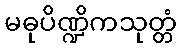
မဓုပိဏ္ဍိကသုတ္တံ